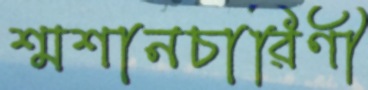
শ্মশানচারিণী